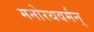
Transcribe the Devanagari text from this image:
मनोरथवर्मन्